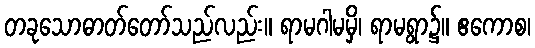
တခုသောဓာတ်တော်သည်လည်း။ ရာမဂါမမှိ၊ ရာမရွာ၌။ ဧကောစ၊